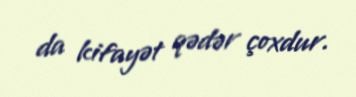
da kifayət qədər çoxdur.